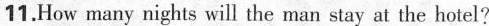
11.How many nights will the man stay at the hotel?